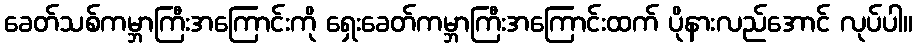
ခေတ်သစ်ကမ္ဘာကြီးအကြောင်းကို ရှေးခေတ်ကမ္ဘာကြီးအကြောင်းထက် ပိုနားလည်အောင် လုပ်ပါ။